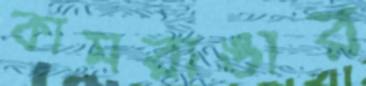
কামরাঙার